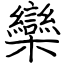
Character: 欒